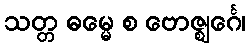
သတ္တ ဓမ္မေ စ ဗောဇ္ဈင်္ဂေ၊